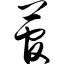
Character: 菅